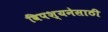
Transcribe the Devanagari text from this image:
विपश्यनेसाठी